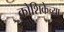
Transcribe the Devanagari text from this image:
कोशिकेच्या